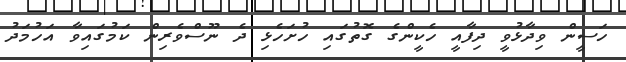
ހަސީން ވިދާޅުވީ ދިފާއީ ހެކީންގެ ގޮތުގައި ހުށަހެޅި ދެ ނޫސްވެރިން ކަމުގައިވާ އަހުމަދު